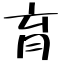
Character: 育